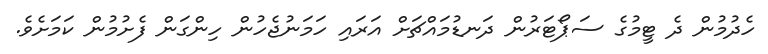
ހެދުމުން ދެ ޓީމުގެ ސަޕޯޓަރުން ދަނޑުމައްޗަށް އަރައި ހަމަނުޖެހުން ހިންގަން ފެށުމުން ކަމަށެވެ.